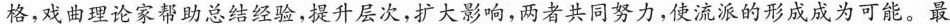
格，戏曲理论家帮助总结经验，提升层次，扩大影响，两者共同努力，使流派的形成成为可能。最